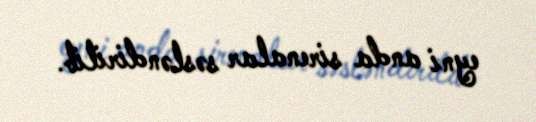
eyni anda sirenalar səsləndirilib.